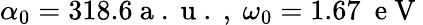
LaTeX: \alpha_{0}=318.6\mathrm{~a~.~u~.~},\ \omega_{0}=1.67\ \mathrm{~e~V~}